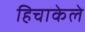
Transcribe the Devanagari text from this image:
हिचाकेले